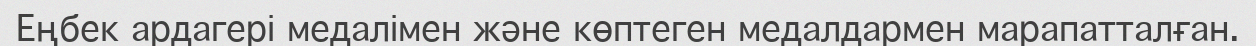
Еңбек ардагері медалімен және көптеген медалдармен марапатталған.